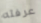
عرفته